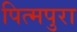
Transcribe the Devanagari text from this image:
पित्मपुरा